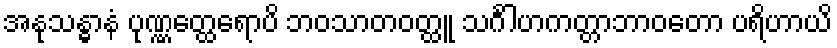
အနုသန္ဓာနံ ပုဏ္ဏတ္ထေရောပိ ဘဝသာတဝတ္ထူ သင်္ဂါဟကတ္တာဘာဝတော ပရိဟာယိ